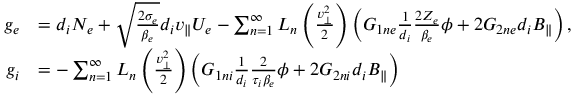
\begin{array} { r l } { g _ { e } } & { = d _ { i } N _ { e } + \sqrt { \frac { 2 \sigma _ { e } } { \beta _ { e } } } d _ { i } v _ { \parallel } U _ { e } - \sum _ { n = 1 } ^ { \infty } L _ { n } \left( \frac { v _ { \perp } ^ { 2 } } { 2 } \right) \left( G _ { 1 n e } \frac { 1 } { d _ { i } } \frac { 2 Z _ { e } } { \beta _ { e } } \phi + 2 G _ { 2 n e } d _ { i } B _ { \parallel } \right) , } \\ { g _ { i } } & { = - \sum _ { n = 1 } ^ { \infty } L _ { n } \left( \frac { v _ { \perp } ^ { 2 } } { 2 } \right) \left( G _ { 1 n i } \frac { 1 } { d _ { i } } \frac { 2 } { \tau _ { i } \beta _ { e } } \phi + 2 G _ { 2 n i } d _ { i } B _ { \parallel } \right) } \end{array}